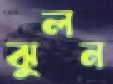
ঝুলন